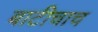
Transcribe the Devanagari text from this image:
बाटीचाच